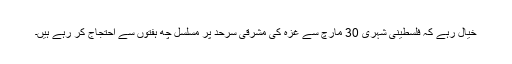
خیال رہے کہ فلسطینی شہری 30 مارچ سے غزہ کی مشرقی سرحد پر مسلسل چھ ہفتوں سے احتجاج کر رہے ہیں۔